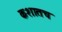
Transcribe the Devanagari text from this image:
कशातच